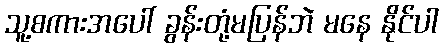
သူ့စကားအပေါ် ခွန်းတုံ့မပြန်ဘဲ မနေ နိုင်ပါ